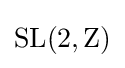
\operatorname {SL} (2,\mathrm {Z} )